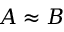
A \approx B